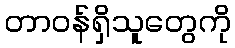
တာဝန်ရှိသူတွေကို